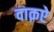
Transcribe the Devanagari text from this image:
वाक़ऐ